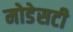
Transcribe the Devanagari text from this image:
मोडेसटी